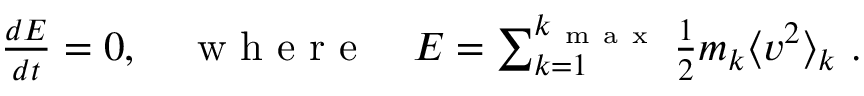
\begin{array} { r } { \frac { d E } { d t } = 0 , \quad \mathrm { ~ w ~ h ~ e ~ r ~ e ~ } \quad E = \sum _ { k = 1 } ^ { k _ { \mathrm { ~ m ~ a ~ x ~ } } } \frac { 1 } { 2 } m _ { k } \langle v ^ { 2 } \rangle _ { k } \ . } \end{array}